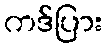
ကဒ်ပြား